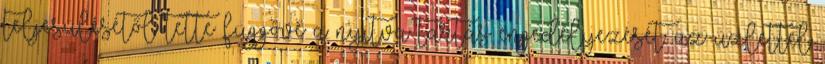
teljesülésétől tette függővé a nyitva tartás engedélyezését: az üzlettel